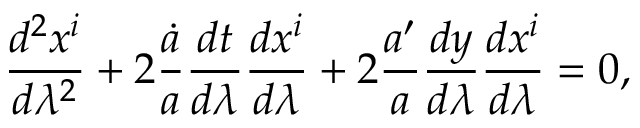
{ \frac { d ^ { 2 } x ^ { i } } { d \lambda ^ { 2 } } } + 2 { \frac { \dot { a } } { a } } { \frac { d t } { d \lambda } } { \frac { d x ^ { i } } { d \lambda } } + 2 { \frac { a ^ { \prime } } { a } } { \frac { d y } { d \lambda } } { \frac { d x ^ { i } } { d \lambda } } = 0 ,